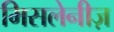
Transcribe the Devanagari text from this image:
मिसलेनीज़